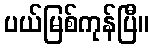
ပယ်မြစ်ကုန်ပြီ။